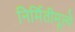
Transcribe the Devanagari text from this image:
निर्मितीमूल्ये